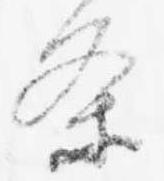
条